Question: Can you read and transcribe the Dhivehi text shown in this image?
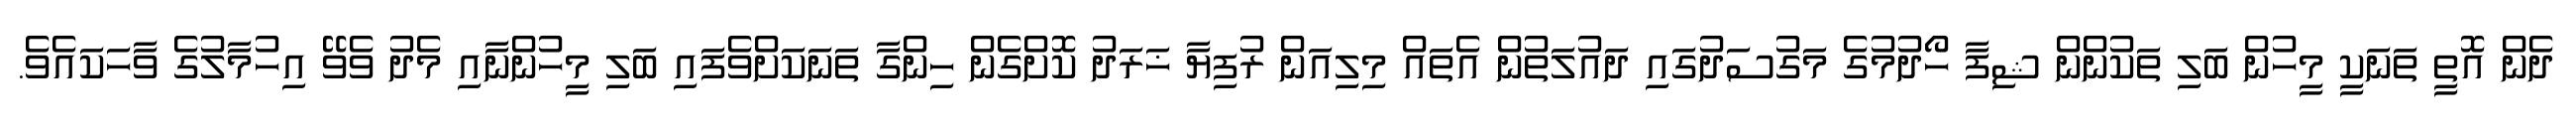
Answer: ދެން އޮތީ ތަނަކީ މީހުން ބަލި ތަކުންން ޝިފާ ހޯދުމުގެ މަގުސަދުގައި ދައުލަތުން އެތައް މިލިއަން ރުފިޔާ ޚަރަދު ކޮށްގެން ހިންގާ ތަނަކަށްވެފައި ބަލި މީހުންނާއި މެދު ވެވޭ އިހުމާލުގެ ވާހަކައެވެ.